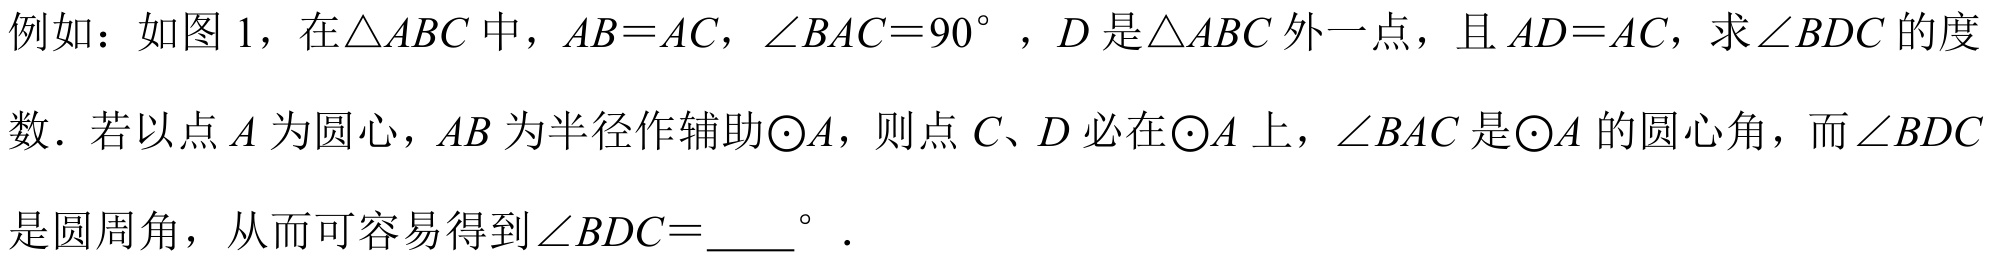
例如：如图 1，在\(\triangle ABC\)中，\(AB = AC\)，\(\angle BAC = 90^{\circ}\)，\(D\)是\(\triangle ABC\)外一点，且\(AD = AC\)，求\(\angle BDC\)的度
数．若以点\(A\)为圆心，\(AB\)为半径作辅助\(\odot A\)，则点\(C、D\)必在\(\odot A\)上，\(\angle BAC\)是\(\odot A\)的圆心角，而\(\angle BDC\)
是圆周角，从而可容易得到\(\angle BDC = \underline{}\)°．